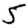
Digit: 5